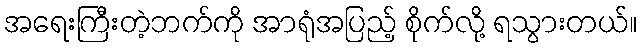
အရေးကြီးတဲ့ဘက်ကို အာရုံအပြည့် စိုက်လို့ ရသွားတယ်။